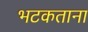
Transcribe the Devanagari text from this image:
भटकताना